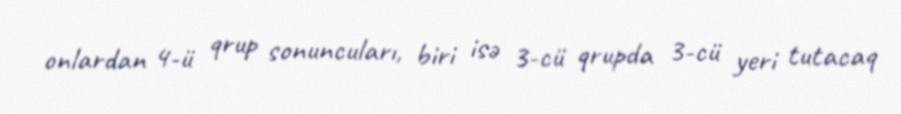
onlardan 4-ü qrup sonuncuları, biri isə 3-cü qrupda 3-cü yeri tutacaq